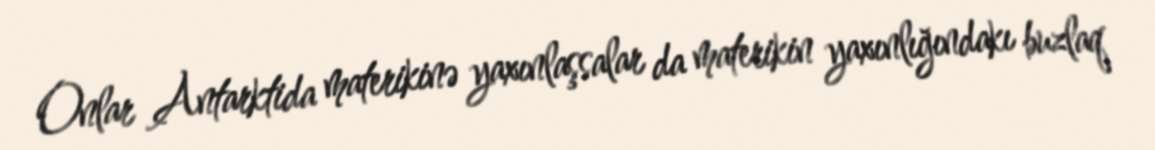
Onlar Antarktida materikinə yaxınlaşsalar da materikin yaxınlığındakı buzlaq